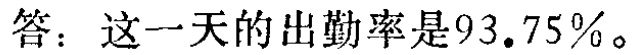
答：这一天的出勤率是\(93.75\%\)。